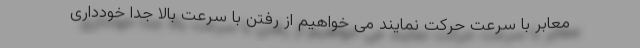
معابر با سرعت حرکت نمایند می خواهیم از رفتن با سرعت بالا جدا خودداری